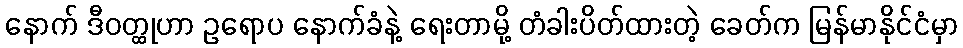
နောက် ဒီဝတ္ထုဟာ ဥရောပ နောက်ခံနဲ့ ရေးတာမို့ တံခါးပိတ်ထားတဲ့ ခေတ်က မြန်မာနိုင်ငံမှာ